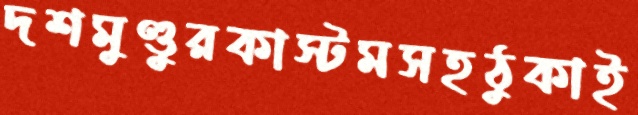
দশমুণ্ডুরকাস্টমসহঠুকাই